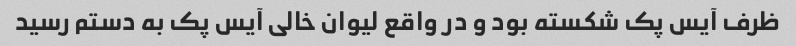
ظرف آیس پک شکسته بود و در واقع لیوان خالی آیس پک به دستم رسید